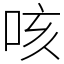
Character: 咳